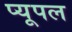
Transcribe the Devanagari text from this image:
प्यूपल